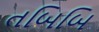
તબિબિ